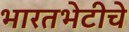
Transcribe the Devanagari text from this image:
भारतभेटीचे